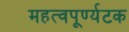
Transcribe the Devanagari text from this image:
महत्वपूर्ण्यटक